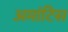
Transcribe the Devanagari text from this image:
अमांटिस